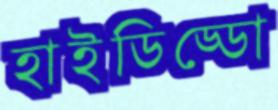
হাইডিড্ডো